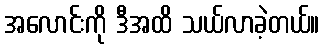
အလောင်းကို ဒီအထိ သယ်လာခဲ့တယ်။